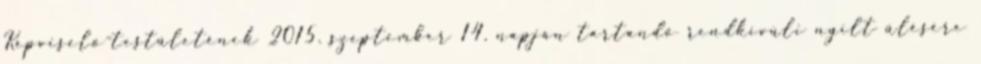
Képviselő-testületének 2015. szeptember 14. napján tartandó rendkívüli nyílt ülésére